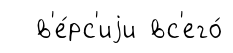
в'е́рс'иjи вс'его́